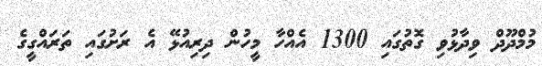
މުމްދޫދް ވިދާޅުވި ގޮތުގައި 1300 އެއްހާ މީހުން ދިރިއުޅޭ އެ ރަށުގައި ތަރައްގީގެ